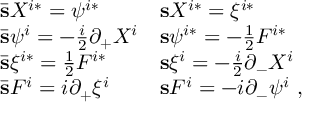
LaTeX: \begin{array} { l l } { { \bar { \bf s } X ^ { i * } = \psi ^ { i * } } } & { { { \bf s } X ^ { i * } = \xi ^ { i * } } } \\ { { \bar { \bf s } \psi ^ { i } = - \frac { i } { 2 } \partial _ { + } X ^ { i } } } & { { { \bf s } \psi ^ { i * } = - \frac { 1 } { 2 } F ^ { i * } } } \\ { { \bar { \bf s } \xi ^ { i * } = \frac { 1 } { 2 } F ^ { i * } } } & { { { \bf s } \xi ^ { i } = - \frac { i } { 2 } \partial _ { - } X ^ { i } } } \\ { { \bar { \bf s } F ^ { i } = i \partial _ { + } \xi ^ { i } } } & { { { \bf s } F ^ { i } = - i \partial _ { - } \psi ^ { i } \ , } } \end{array}